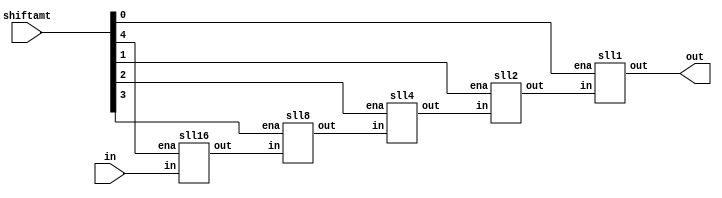
/*********************************************************/

module sll(in, shiftamt, out);

	input [31:0] in;
	input [4:0] shiftamt;
	output [31:0] out;
		
	wire [31:0] sll16, sll8, sll4, sll2, sll1;
	
	
	sll16 mysll16(in,   shiftamt[4], sll16);
	
	sll8  mysll8(sll16, shiftamt[3], sll8);
	
	sll4  mysll4(sll8,  shiftamt[2], sll4);
	
	sll2  mysll2(sll4,  shiftamt[1], sll2);
	
	sll1  mysll1(sll2,  shiftamt[0], out);
	
endmodule

module sll16(in, ena, out);

	input [31:0] in;
	input ena;
	output [31:0] out;
	

	genvar i;
	generate
		for (i=16; i<32; i=i+1) begin: loop1
		
			assign out[i] = ena ? in[i-16] : in[i];
		
		end
	endgenerate
	
	assign out[15:0] = ena ? 16'b0 : in[15:0];
	
endmodule

module sll8(in, ena, out);

	input [31:0] in;
	input ena;
	output [31:0] out;
	

	genvar i;
	generate
		for (i=8; i<32; i=i+1) begin: loop1
		
			assign out[i] = ena ? in[i-8] : in[i];
		
		end
	endgenerate
	
	assign out[7:0] = ena ? 8'b0 : in[7:0];
	
endmodule

module sll4(in, ena, out);

	input [31:0] in;
	input ena;
	output [31:0] out;
	

	genvar i;
	generate
		for (i=4; i<32; i=i+1) begin: loop1
		
			assign out[i] = ena ? in[i-4]: in[i];
		
		end
	endgenerate
	
	assign out[3:0] = ena ? 4'b0 : in[3:0];
	
endmodule

module sll2(in, ena, out);

	input [31:0] in;
	input ena;
	output [31:0] out;

	genvar i;
	generate
		for (i=2; i<32; i=i+1) begin: loop1
		
			assign out[i] = ena ? in[i-2] : in[i];
		
		end
	endgenerate
	
	assign out[1:0] = ena ? 2'b0 : in[1:0];
	
endmodule

module sll1(in, ena, out);

	input [31:0] in;
	input ena;
	output [31:0] out;
	

	genvar i;
	generate
		for (i=1; i<32; i=i+1) begin: loop1
		
			assign out[i] = ena ? in[i-1] : in[i];
		
		end
	endgenerate
	
	assign out[0] = ena ? 1'b0 : in[0];
	
endmodule 

/*********************************************************/

module sra(in, shiftamt, out);

	input [31:0] in;
	input [4:0] shiftamt;
	output [31:0] out;
		
	wire [31:0] sra16, sra8, sra4, sra2, sra1;
	
	
	sra16 mysra16(in,   shiftamt[4], sra16);
	
	sra8  mysra8(sra16, shiftamt[3], sra8);
	
	sra4  mysra4(sra8,  shiftamt[2], sra4);
	
	sra2  mysra2(sra4,  shiftamt[1], sra2);
	
	sra1  mysra1(sra2,  shiftamt[0], out);
	
endmodule

module sra16(in, ena, out);

	input [31:0] in;
	input ena;
	output [31:0] out;
	

	genvar i;
	generate
		for (i=0; i<16; i=i+1) begin: loop1
		
			assign out[i] = ena ? in[i+16] : in[i];
		
		end
	endgenerate
	
	generate
		for (i=16; i<32; i=i+1) begin: loop2
		
			assign out[i] = ena ? in[31] : in[i];
		
		end
	endgenerate

endmodule

module sra8(in, ena, out);

	input [31:0] in;
	input ena;
	output [31:0] out;
	

	genvar i;
	generate
		for (i=0; i<24; i=i+1) begin: loop1
		
			assign out[i] = ena ? in[i+8] : in[i];
		
		end
	endgenerate
	
	generate
		for (i=24; i<32; i=i+1) begin: loop2
		
			assign out[i] = ena ? in[31] : in[i];
		
		end
	endgenerate

endmodule

module sra4(in, ena, out);

	input [31:0] in;
	input ena;
	output [31:0] out;
	

	genvar i;
	generate
		for (i=0; i<28; i=i+1) begin: loop1
		
			assign out[i] = ena ? in[i+4] : in[i];
		
		end
	endgenerate
	
	generate
		for (i=28; i<32; i=i+1) begin: loop2
		
			assign out[i] = ena ? in[31] : in[i];
		
		end
	endgenerate

endmodule

module sra2(in, ena, out);

	input [31:0] in;
	input ena;
	output [31:0] out;
	

	genvar i;
	generate
		for (i=0; i<30; i=i+1) begin: loop1
		
			assign out[i] = ena ? in[i+2] : in[i];
		
		end
	endgenerate
	
	generate
		for (i=30; i<32; i=i+1) begin: loop2
		
			assign out[i] = ena ? in[31] : in[i];
		
		end
	endgenerate
	
endmodule

module sra1(in, ena, out);

	input [31:0] in;
	input ena;
	output [31:0] out;
	

	genvar i;
	generate
		for (i=0; i<31; i=i+1) begin: loop1
		
			assign out[i] = ena ? in[i+1] : in[i];
		
		end
	endgenerate

	assign out[31] = ena ? in[31] : in[31];

endmodule

/*********************************************************/

module and32(x, y, out);

	input [31:0] x, y;
	output [31:0] out;
	
	genvar i;
	generate
		for(i=0; i<32; i=i+1) begin: loop1
			
			and myand(out[i], x[i], y[i]);
			
		end
	endgenerate

endmodule

/*********************************************************/

module or32(x, y, out);

	input [31:0] x, y;
	output [31:0] out;
	
	genvar i;
	generate
		for(i=0; i<32; i=i+1) begin: loop1
			
			or myor(out[i], x[i], y[i]);
			
		end
	endgenerate

endmodule

/*********************************************************/